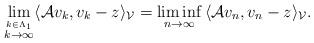
LaTeX: \begin{align*} \lim\limits_{\stackrel{k\in \Lambda_1}{k\rightarrow \infty}} \langle \mathcal{A}v_k,v_k-z\rangle_\mathcal{V} =\liminf\limits_{{n\rightarrow \infty}}\, \langle \mathcal{A}v_n,v_n-z\rangle_\mathcal{V}. \end{align*}